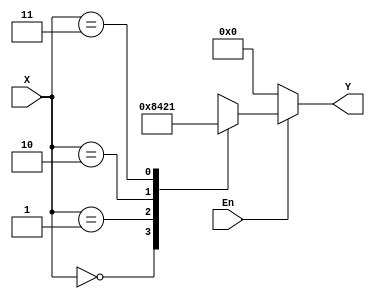
`timescale 1ns / 1ps
//////////////////////////////////////////////////////////////////////////////////
// Company: 
// Engineer: 
// 
// Design Name: 
// Module Name: Decoder
// Project Name: 
// Target Devices: 
// Tool Versions: 
// Description: 
// 
// Dependencies: 
// 
// Revision:
// Revision 0.01 - File Created
// Additional Comments:
// 
//////////////////////////////////////////////////////////////////////////////////

//verilog code for the 2to4Decoder
module Decoder2to4(output reg [0:3]Y, input En, input [1:0]X   );
    
    always @(X,En) 
    begin 
        if(En==0)
            Y=4'b0000;
        else
            case(X) 
                0:Y=4'b1000;
                1:Y=4'b0100;
                2:Y=4'b0010;
                3:Y=4'b0001;
            endcase
     
     end 
endmodule
    
 //instantiating 2to4Decoder in 3to8Decoder   
  
module Decoder3to8(output [0:7]Y1, input [2:0]A);
    
    Decoder2to4 f1( Y1[0:3] , ~A[2] , A[1:0] );
    Decoder2to4 f2( Y1[4:7] , A[2] , A[1:0] );
 
 endmodule